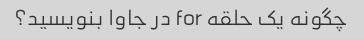
چگونه یک حلقه for در جاوا بنویسید؟